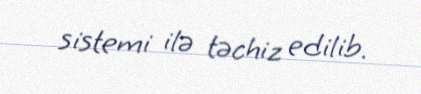
sistemi ilə təchiz edilib.